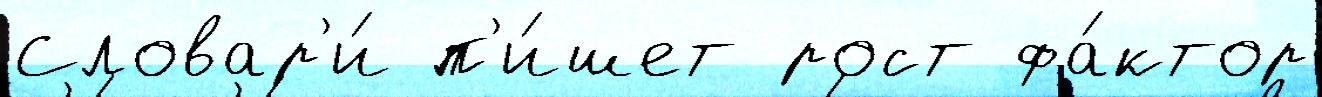
Словар'и́ п'и́шет рост фа́ктор